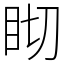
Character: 䀙